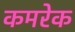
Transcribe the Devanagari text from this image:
कमरेक